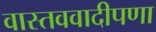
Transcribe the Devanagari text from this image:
वास्तववादीपणा